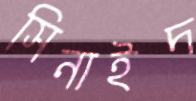
সিনাইদ